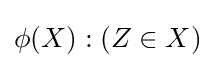
\phi (X):(Z\in X)